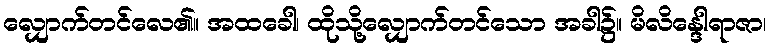
လျှောက်တင်လေ၏။ အထခေါ၊ ထိုသို့လျှောက်တင်သော အခါ၌။ မိလိန္ဒေါရာဇာ၊